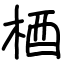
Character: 梄